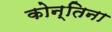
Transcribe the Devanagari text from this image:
कोन्तिना